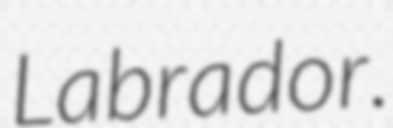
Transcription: Labrador.